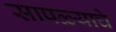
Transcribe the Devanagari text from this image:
सापळ्याचे